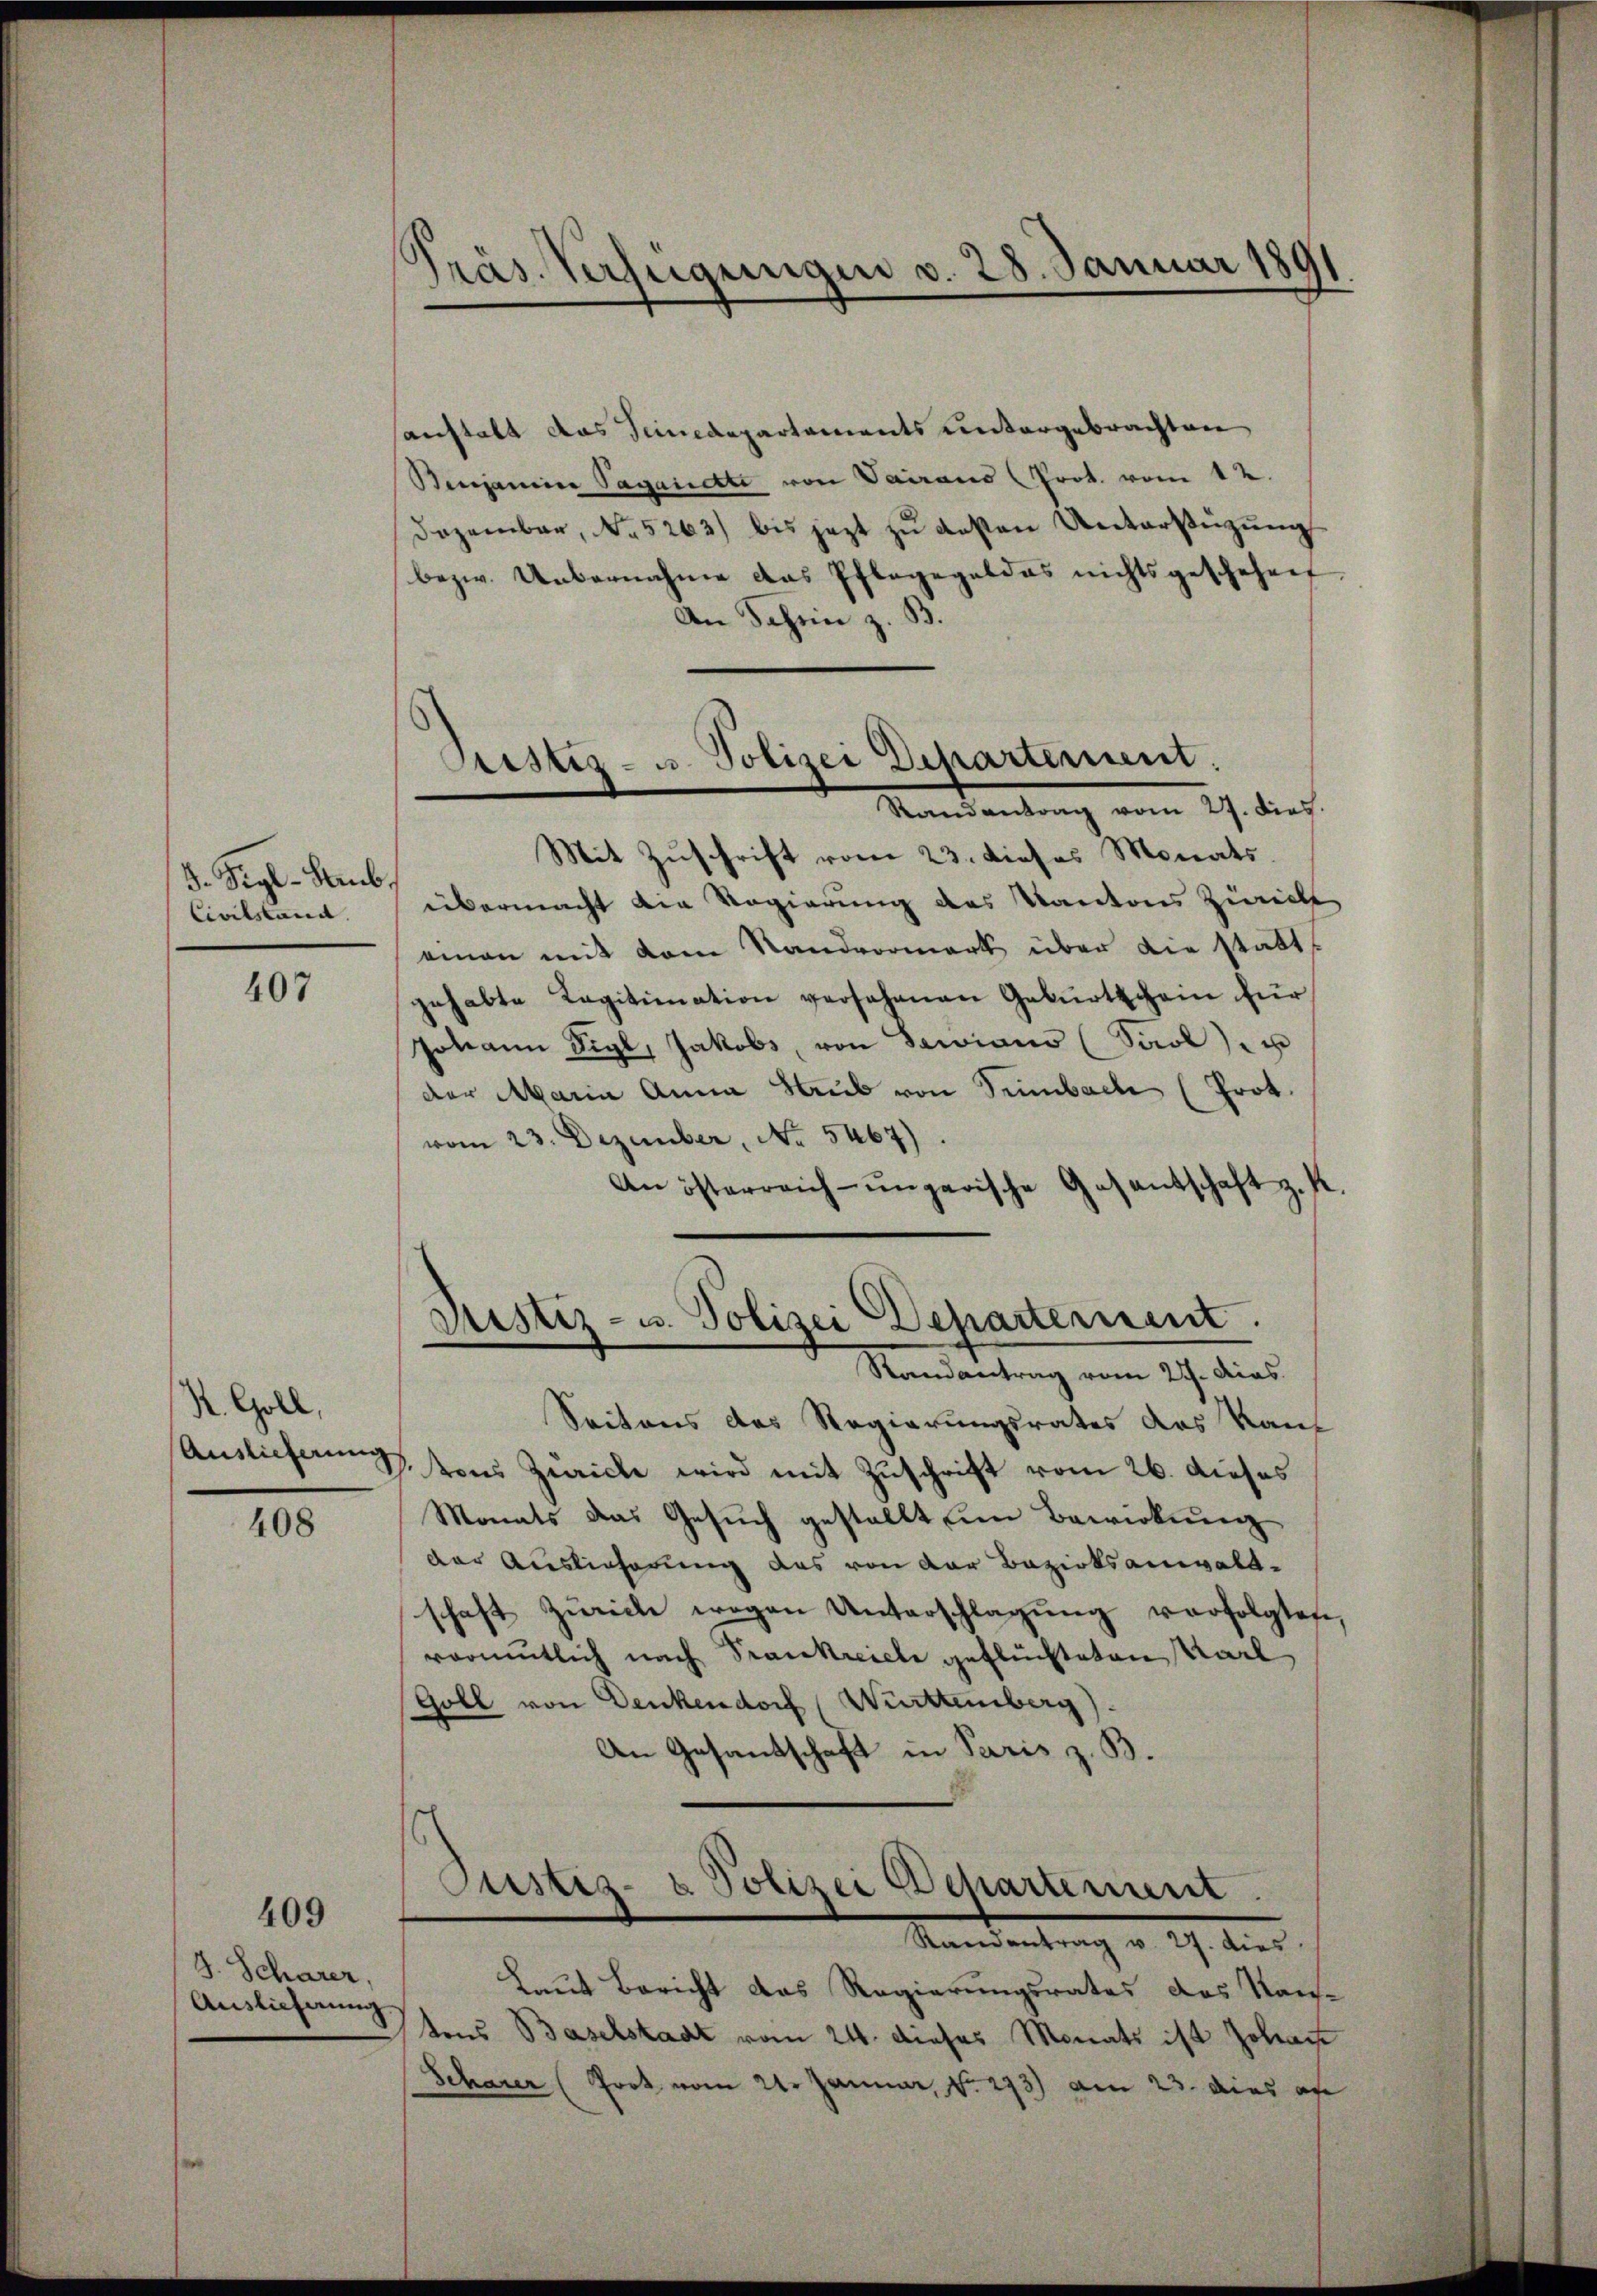
5. Sigl-Staub.
Civilstand. |

407

K. Goll,
Auslieferung

408

409

J. Scharer,
Auslieferung

d
Präs. Verfügungen v. 28. Januar 181

Sistiz- u. Polizei Departement.
Randantrag vom 27. dies.

sanstalt das Seinedepartements untergebrachten
Benjamine Vagandte von Vairaus (Prot. vom 12.
Dezember, No. 5263) bis jezt zu deßen Untersezung
bezw. Uebernahme das Pflagegeldes nichtsgeschehen.
An Jahren z. B.
Mit Zuschrift vom 23. dieses Monats.
übermacht die Regierung des Kantons Zürich
eien mit dem Standvormark über die statt
gehabte Legitimation versehenen Gebŭrtschein für
Johann Sigl, Jakobs, von Swiano (Saol) u
der Maria Anna Raub von Sinnbach (Prot.
vom 23. Dezember, No. 5467).
An österreich-ungarische Gesantschaft z. R.
Justiz- u. Polizei Departement.
Randantrag vom 27. dies
Seitens des Regierungsrates des Kant
tons Zürich wird mit Zuschrift vom 26. dieses
Monats das Gesuch gestellt Ein Bewirkung
der Auslieferung das von der Bezirksanwaltschaft Zürich wegen Unterschlagung verfolgten,
rämmtlich nach Prankreiche geflüchteten Karl
Goll von Denkendorf (Württemberg).
An Gesantschaft in Paris z. B.
Justiz- & Polizei Departement.
Randantrag v. 27. dies
Laut Bericht das Regierungsrates das Kan-
tons Baselstadt vom 24. dieses Monats ist Johann
Scharer (Poot vom 21. Januar, No. 273) am 23. dies au